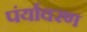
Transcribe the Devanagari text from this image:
पंर्यावरण